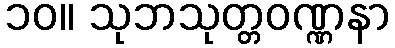
၁၀။ သုဘသုတ္တဝဏ္ဏနာ